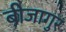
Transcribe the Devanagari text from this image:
बीजागुर